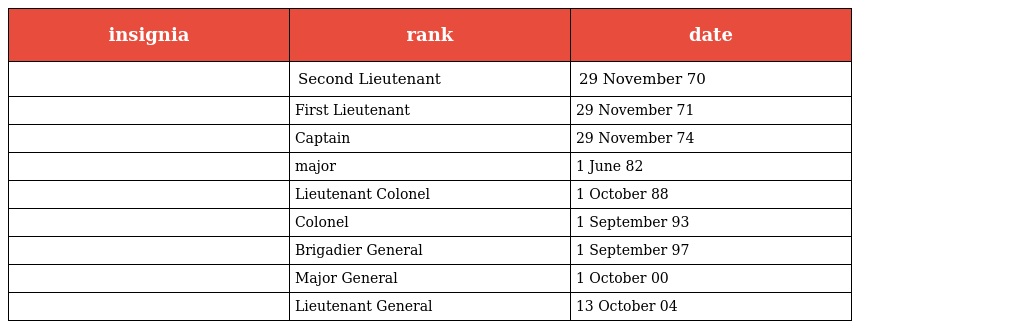
| insignia | rank | date |
 | --- | --- | --- |
 |  | Second Lieutenant | 29 November 70 |
 |  | First Lieutenant | 29 November 71 |
 |  | Captain | 29 November 74 |
 |  | major | 1 June 82 |
 |  | Lieutenant Colonel | 1 October 88 |
 |  | Colonel | 1 September 93 |
 |  | Brigadier General | 1 September 97 |
 |  | Major General | 1 October 00 |
 |  | Lieutenant General | 13 October 04 |